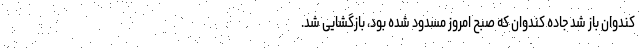
کندوان باز شد جاده کندوان که صبح امروز مسدود شده بود، بازگشایی شد.